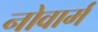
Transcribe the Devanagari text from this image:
नोवार्म